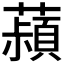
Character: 𬟄